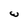
Character: w